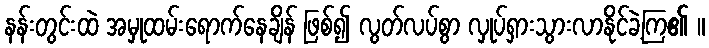
နန်းတွင်းထဲ အမှုထမ်းရောက်နေချိန် ဖြစ်၍ လွတ်လပ်စွာ လှုပ်ရှားသွားလာနိုင်ခဲ့ကြ၏ ။